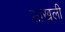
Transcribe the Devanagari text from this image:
साखली